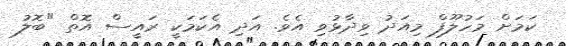
ކަމަށް މަހުލޫފް މިއަދު ވިދާޅުވި އެވެ. އަދި އެކަމަކީ ރައީސް އޮތް "ބޮލު